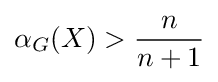
\alpha _{G}(X)>{\frac {n}{n+1}}